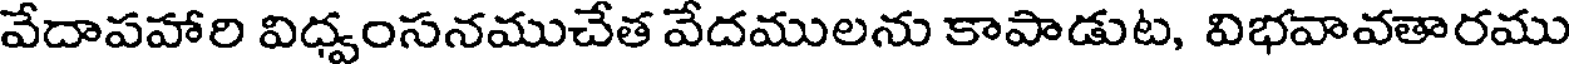
వేదాపహారి విధ్వంసనముచేత వేదములను కాపాడుట, విభవావతారము